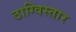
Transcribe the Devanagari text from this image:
ठाग्विस्तार